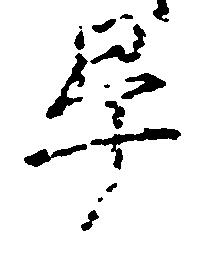
畢